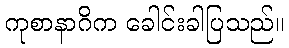
ကုစာနာဂိက ခေါင်းခါပြသည်။